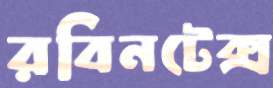
রবিনটেক্স